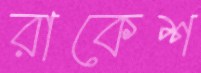
রাকেশ